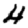
Digit: 4